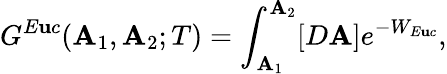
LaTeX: G^{E\mathbf{u}c}(\mathbf{A}_{1},\mathbf{A}_{2};T)=\int_{\mathbf{A}_{1}}^{\mathbf{A}_{2}}[D\mathbf{A}]e^{-W_{E\mathbf{u}c}},